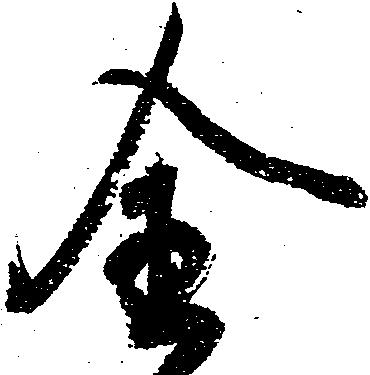
全